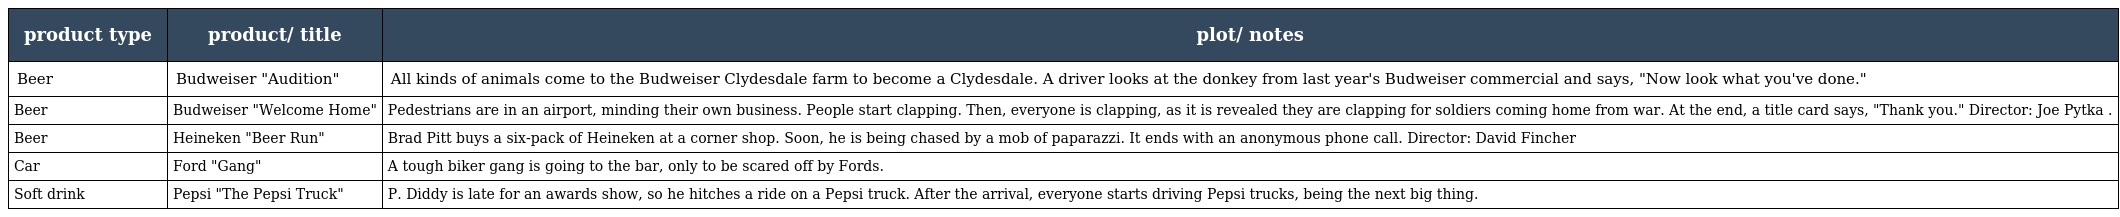
| product type | product/ title | plot/ notes |
 | --- | --- | --- |
 | Beer | Budweiser "Audition" | All kinds of animals come to the Budweiser Clydesdale farm to become a Clydesdale. A driver looks at the donkey from last year's Budweiser commercial and says, "Now look what you've done." |
 | Beer | Budweiser "Welcome Home" | Pedestrians are in an airport, minding their own business. People start clapping. Then, everyone is clapping, as it is revealed they are clapping for soldiers coming home from war. At the end, a title card says, "Thank you." Director: Joe Pytka . |
 | Beer | Heineken "Beer Run" | Brad Pitt buys a six-pack of Heineken at a corner shop. Soon, he is being chased by a mob of paparazzi. It ends with an anonymous phone call. Director: David Fincher |
 | Car | Ford "Gang" | A tough biker gang is going to the bar, only to be scared off by Fords. |
 | Soft drink | Pepsi "The Pepsi Truck" | P. Diddy is late for an awards show, so he hitches a ride on a Pepsi truck. After the arrival, everyone starts driving Pepsi trucks, being the next big thing. |